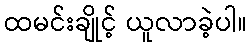
ထမင်းချိုင့် ယူလာခဲ့ပါ။